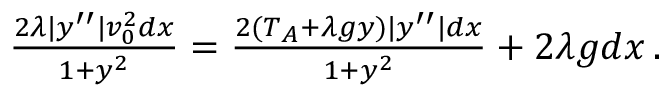
\begin{array} { r } { \frac { 2 \lambda | y ^ { \prime \prime } | v _ { 0 } ^ { 2 } d x } { 1 + y ^ { 2 } } = \frac { 2 ( T _ { A } + \lambda g y ) | y ^ { \prime \prime } | d x } { 1 + y ^ { 2 } } + 2 \lambda g d x \, . } \end{array}